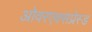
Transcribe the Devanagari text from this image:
ओवरएक्सप्रेस्ड